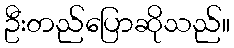
ဦးတည်ပြောဆိုသည်။